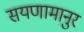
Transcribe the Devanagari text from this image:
सयणामानुर